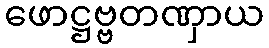
ဖောဋ္ဌဗ္ဗတဏှာယ